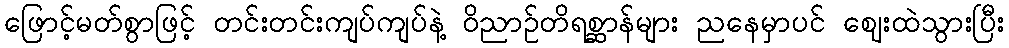
ဖြောင့်မတ်စွာဖြင့် တင်းတင်းကျပ်ကျပ်နဲ့ ဝိညာဉ်တိရစ္ဆာန်များ ညနေမှာပင် ဈေးထဲသွားပြီး